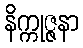
နိက္ကုဇ္ဇနာ